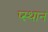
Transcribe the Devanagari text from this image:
प्स्थान